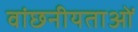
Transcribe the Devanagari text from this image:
वांछनीयताओं